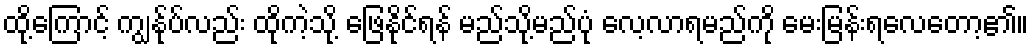
ထို့ကြောင့် ကျွန်ုပ်လည်း ထိုကဲ့သို့ ဖြေနိုင်ရန် မည်သို့မည်ပုံ လေ့လာရမည်ကို မေးမြန်းရလေတော့၏။